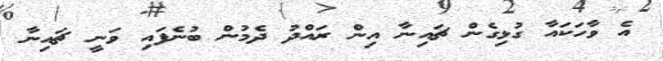
އެ ވާހަކައާ ގުޅިގެން ޗައިނާ އިން ރައްދު ދެމުން ބުނެފައި ވަނީ ޗައިނާ